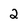
Character: 2